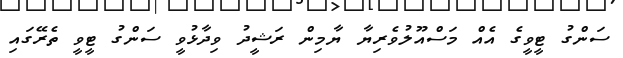
ސަންގު ޓީވީގެ އެއް މަސްއޫލުވެރިޔާ ޔާމިން ރަޝީދު ވިދާޅުވީ ސަންގު ޓީވީ ތެރޭގައި